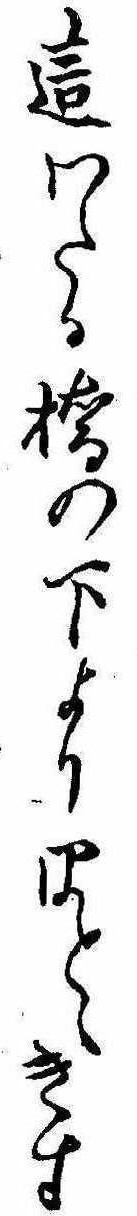
這わたる橋の下よりほとゝきす